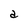
Character: a